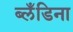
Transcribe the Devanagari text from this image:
ब्लँडिना